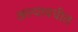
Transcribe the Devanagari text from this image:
अल्यावधीत